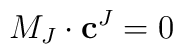
M_J\cdot \mathbf{c}^J=0